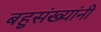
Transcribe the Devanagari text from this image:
बहुसंख्यांनी